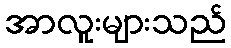
အာလူးများသည်